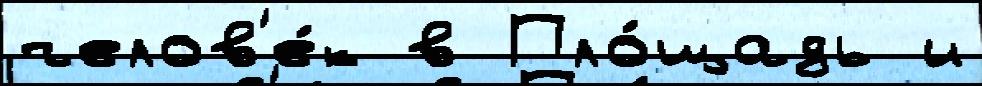
челов'е́к в Пло́щадь и